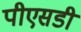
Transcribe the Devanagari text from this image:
पीएसडी